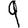
Digit: 9